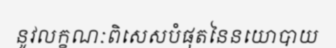
នូវលក្ខណៈពិសេសបំផុតនៃនយោបាយ